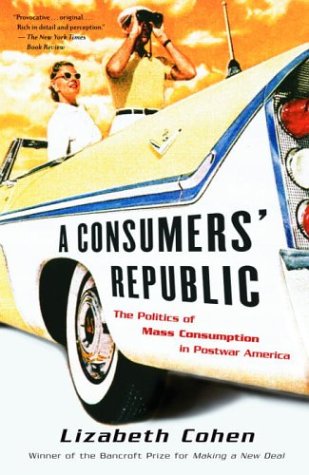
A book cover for A Consumers' Republic: The Politics of Mass Consumption in Postwar America; Lizabeth Cohen; Business & Money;